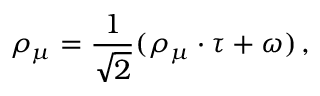
\rho _ { \mu } = { \frac { 1 } { { \sqrt 2 } } } ( \rho _ { \mu } \cdot \tau + \omega ) \, ,